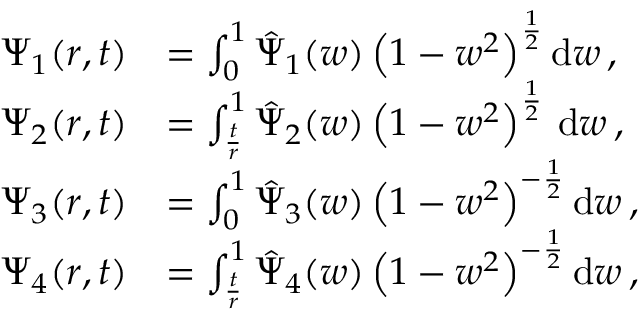
\begin{array} { r l } { \Psi _ { 1 } ( r , t ) } & { = \int _ { 0 } ^ { 1 } \hat { \Psi } _ { 1 } ( w ) \left( 1 - w ^ { 2 } \right) ^ { \frac { 1 } { 2 } } \mathrm { d } w \, , } \\ { \Psi _ { 2 } ( r , t ) } & { = \int _ { \frac { t } { r } } ^ { 1 } \hat { \Psi } _ { 2 } ( w ) \left( 1 - w ^ { 2 } \right) ^ { \frac { 1 } { 2 } } \, \mathrm { d } w \, , } \\ { \Psi _ { 3 } ( r , t ) } & { = \int _ { 0 } ^ { 1 } \hat { \Psi } _ { 3 } ( w ) \left( 1 - w ^ { 2 } \right) ^ { - \frac { 1 } { 2 } } \mathrm { d } w \, , } \\ { \Psi _ { 4 } ( r , t ) } & { = \int _ { \frac { t } { r } } ^ { 1 } \hat { \Psi } _ { 4 } ( w ) \left( 1 - w ^ { 2 } \right) ^ { - \frac { 1 } { 2 } } \mathrm { d } w \, , } \end{array}